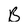
Character: B